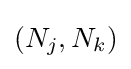
(N_{j},N_{k})